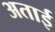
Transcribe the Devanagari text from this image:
अताई